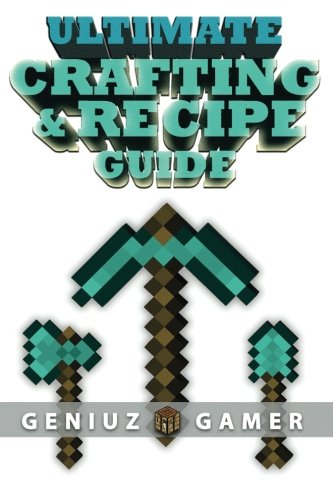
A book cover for Ultimate Crafting & Recipe Guide: Learn How to Craft & Build Amazing Things !!!! (Full Color); Geniuz Gamer; Children's Books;